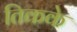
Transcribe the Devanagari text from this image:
तिकके